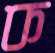
ক